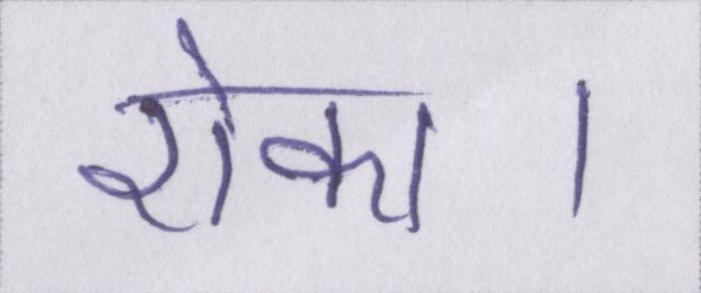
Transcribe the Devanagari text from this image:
रोका।